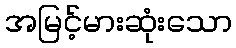
အမြင့်မားဆုံးသော